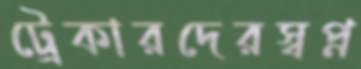
ট্রেকারদেরস্বপ্ন